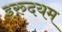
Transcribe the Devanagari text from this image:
इरुदयम